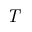
\it { T }